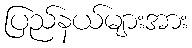
ပြည်နယ်များအား